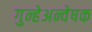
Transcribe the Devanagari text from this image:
गुन्हेअन्वेषक